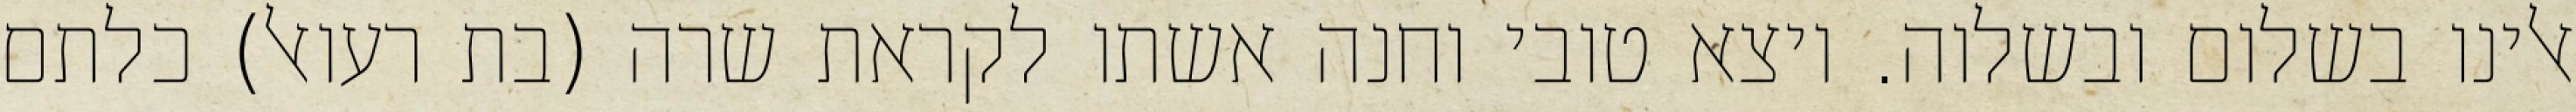
אלינו בשלום ובשלוה. ויצא טובי וחנה אשתו לקראת שרה (בת רעואל) כלתם